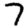
Digit: 7